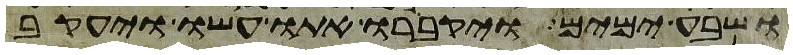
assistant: ושבע ימים ויקברו אתו עשו ויעקב